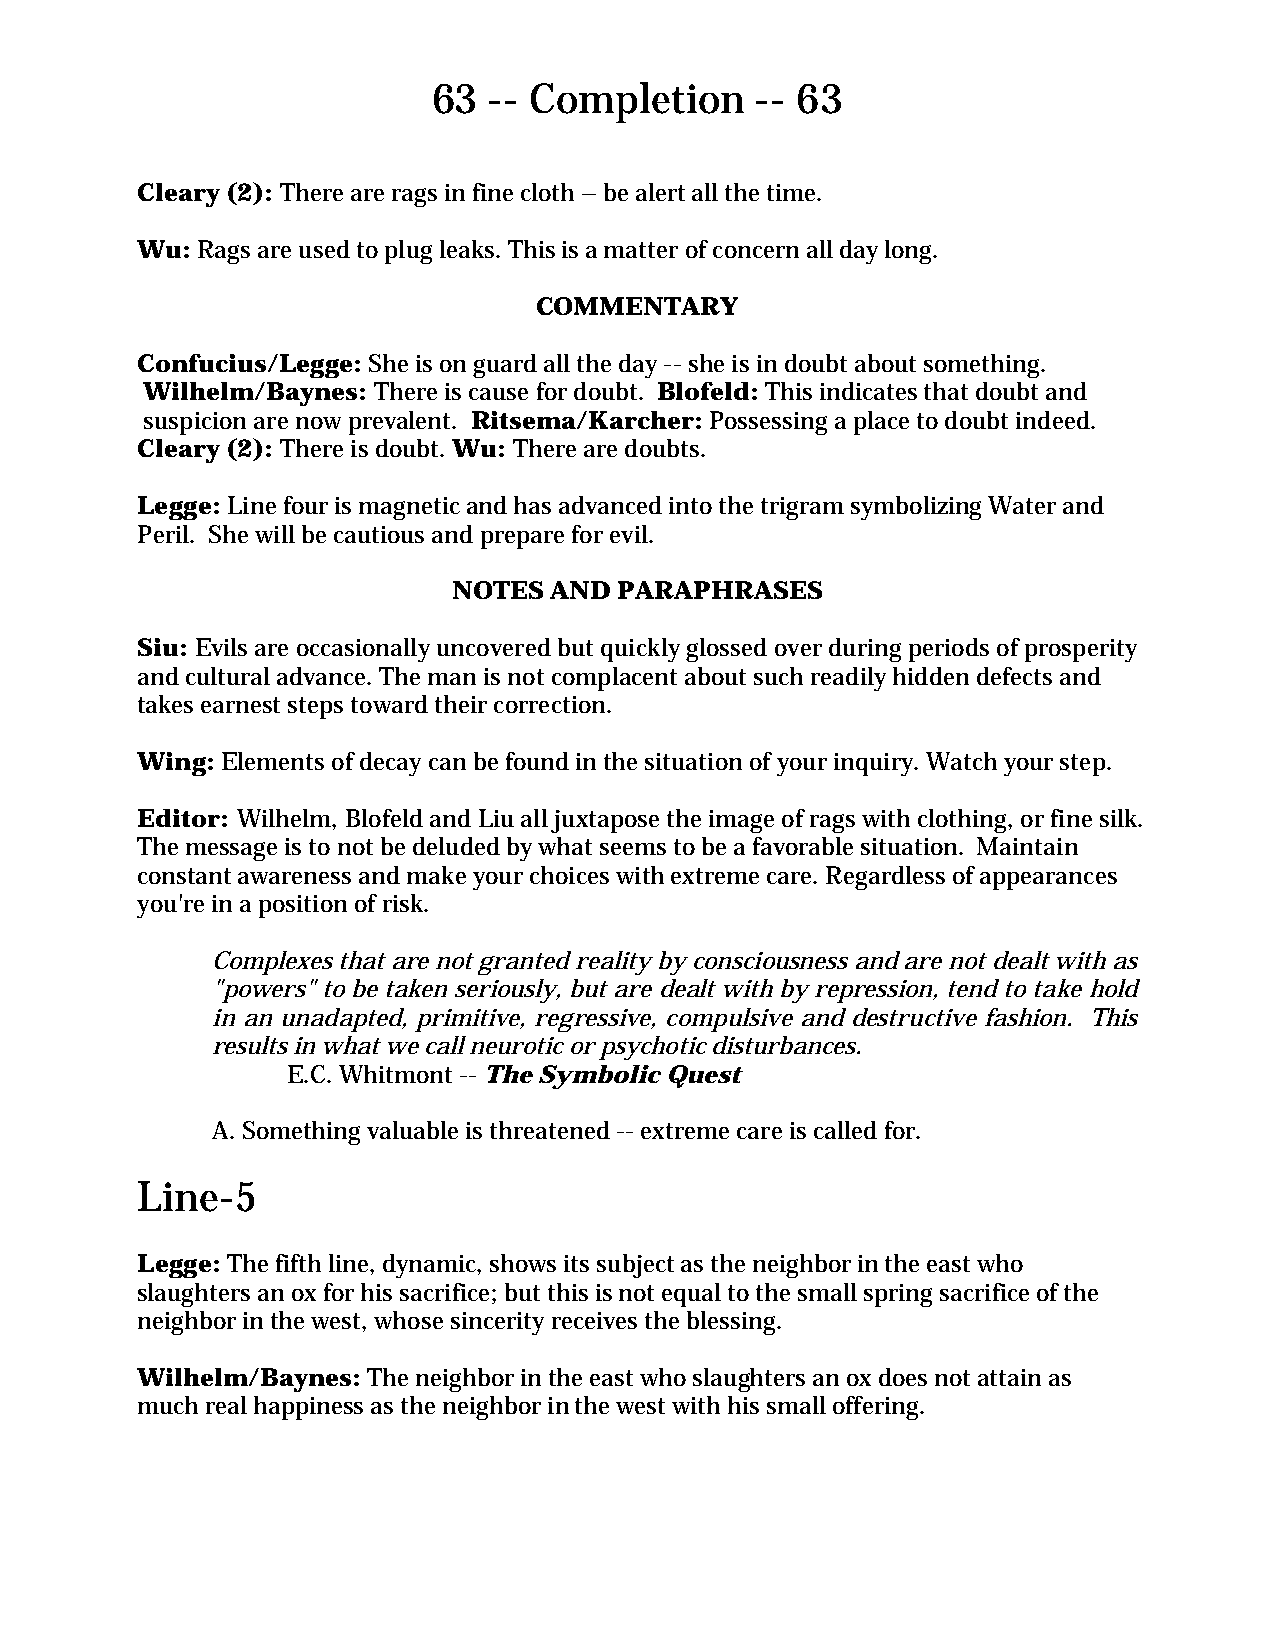
63 -- Completion     -- 63
 Cleary (2): There are rags in fine cloth – be alert all the time.
 Wu: Rags are used to plug leaks. This is a matter of concern all day long.
 COMMENTARY
 Confucius/Legge: She is on guard all the day -- she is in doubt about something.
 Wilhelm/Baynes: There is cause for doubt. Blofeld: This indicates that doubt and
 suspicion are now prevalent. Ritsema/Karcher: Possessing a place to doubt indeed.
 Cleary (2): There is doubt. Wu: There are doubts.
 Legge: Line four is magnetic and has advanced into the trigram symbolizing Water and
 Peril. She will be cautious and prepare for evil.
 NOTES AND  PARAPHRASES
 Siu: Evils are occasionally uncovered but quickly glossed over during periods of prosperity
 and cultural advance. The man is not complacent about such readily hidden defects and
 takes earnest steps toward their correction.
 Wing: Elements of decay can be found in the situation of your inquiry. Watch your step.
 Editor: Wilhelm, Blofeld and Liu all juxtapose the image of rags with clothing, or fine silk.
 The message is to not be deluded by what seems to be a favorable situation. Maintain
 constant awareness and make your choices with extreme care. Regardless of appearances
 you're in a position of risk.
 Complexes that are not granted reality by consciousness and are not dealt with as
 "powers" to be taken seriously, but are dealt with by repression, tend to take hold
 in an unadapted, primitive, regressive, compulsive and destructive fashion. This
 results in what we call neurotic or psychotic disturbances.
 E.C. Whitmont -- The Symbolic Quest
 A. Something valuable is threatened -- extreme care is called for.
 Line-5
 Legge: The fifth line, dynamic, shows its subject as the neighbor in the east who
 slaughters an ox for his sacrifice; but this is not equal to the small spring sacrifice of the
 neighbor in the west, whose sincerity receives the blessing.
 Wilhelm/Baynes: The neighbor in the east who slaughters an ox does not attain as
 much real happiness as the neighbor in the west with his small offering.